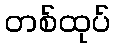
တစ်ထုပ်